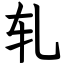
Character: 轧